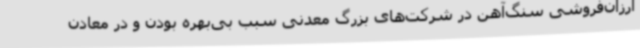
ارزان‌فروشی سنگ‌آهن در شرکت‌های بزرگ معدنی سبب بی‌بهره بودن و در معادن